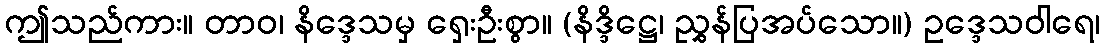
ဤသည်ကား။ တာဝ၊ နိဒ္ဒေသမှ ရှေးဦးစွာ။ (နိဒ္ဒိဋ္ဌေ၊ ညွှန်ပြအပ်သော။) ဥဒ္ဒေသဝါရေ၊